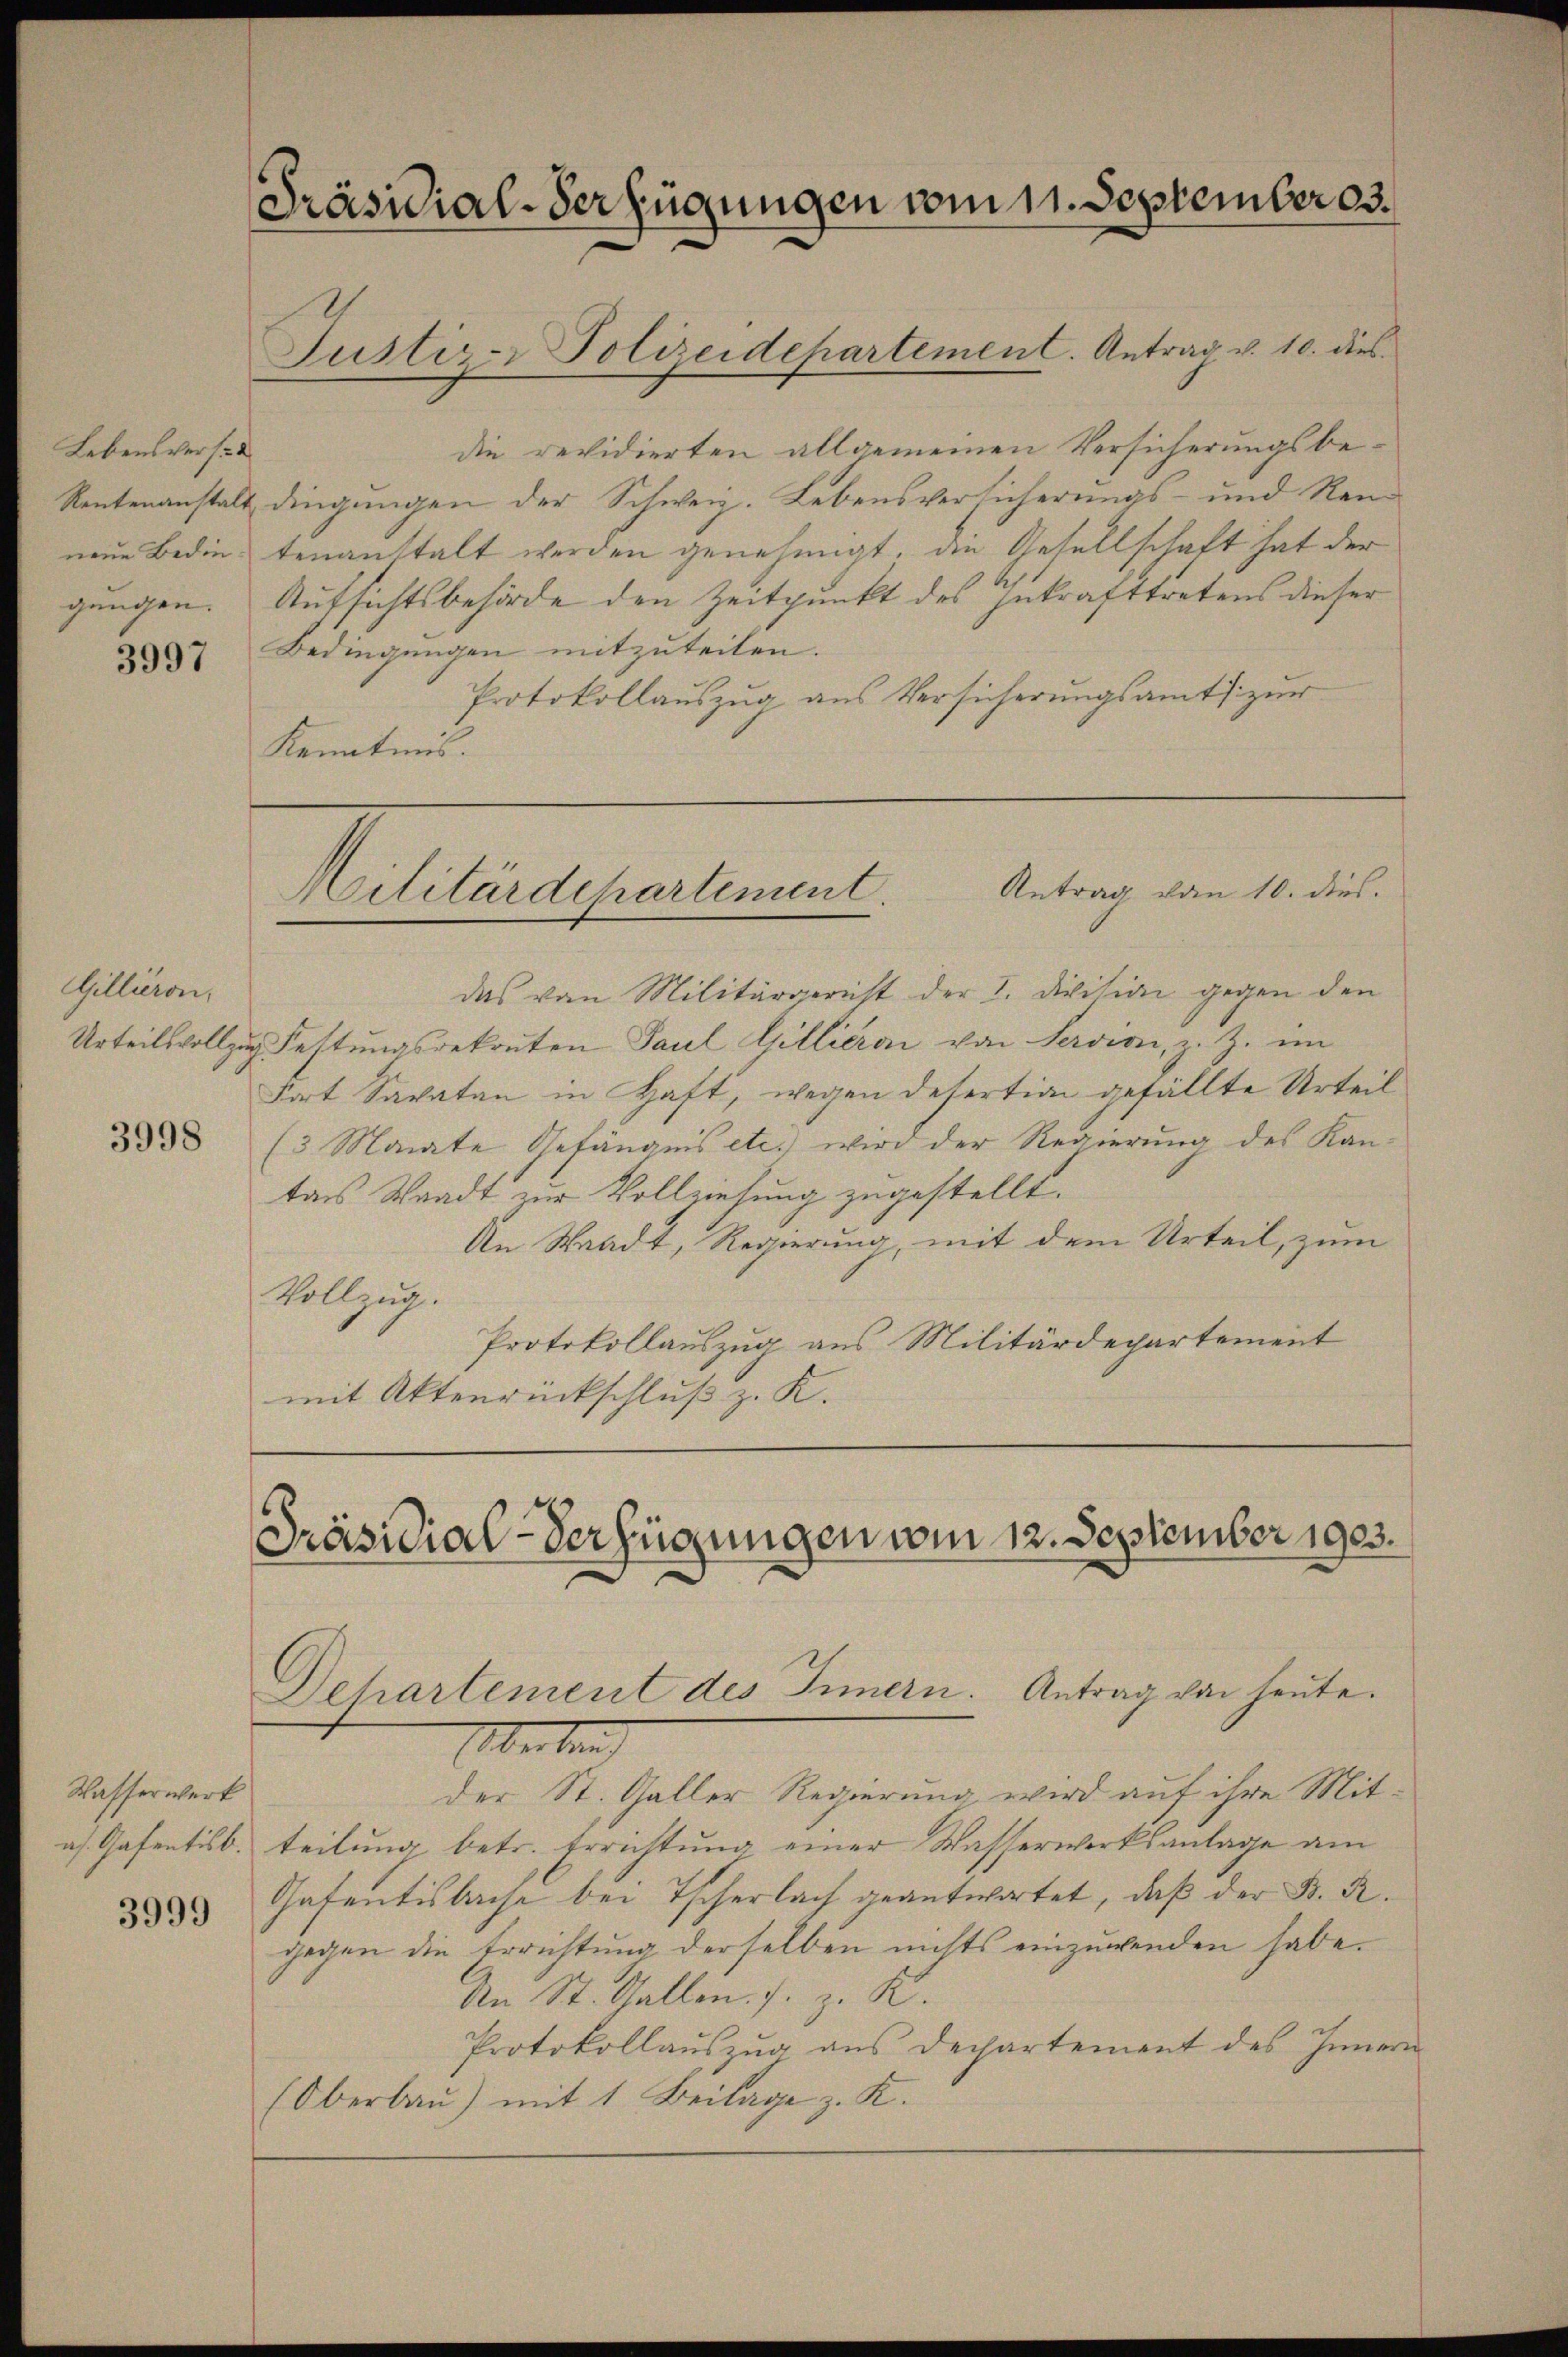
Lebensverse
neue Bedingungen.

3997

Gillieron,

3998

Wasserwerk
as. Gasentisb.

3999

Präsidial-Verfügungen vom 11. September 3.
Justiz-Polizeidepartement. Antrag v. 10. dies

die revidierten allgemeinen Versicherungsbe¬
Rentenanstalt dingungen der Schweiz. Lebensversicherungs- und Rantenanstalt werden genehmigt, die Gesellschaft hat der
Aufsichtsbehörde den Zeitpunkt des Inkrafttretens dieser
Bedingungen mitzuteilen.
Protokollauszug aus Versicherungsamts zur
Kenntnis.

Antrag von 10. dies.
Militärdepartement.

das von Militärgericht der I. Division gegen den
Urteilsvollzu Festungsrekruten Paul Gillieren von Servion, z. Z. im
Fort Savatan in Haft, wegen desertion gefällte Urteil
(3 Monate Gefängnis etc.) wird der Regierung des Kan-
tans Waadt zur Vollziehung zugestellt.
An Waadt, Regierung, mit dem Urteil, zum
Vollzug.
Protokollauszug aus Militärdepartement
mit Aktenrückschluß z. K.

Präsidial-Verfügungen vom 12. September 1903.
Dehartement des Innern. Antrag von heute.

Oberbrach
der St. Galler Regierung wird auf ihre Mitteilung betr. Errichtung einer Wasserwerksanlage am
Gasentisbache bei Tscherlach geantwortet, daß der B. R.
gegen die Errichtung derselben nichts einzuwenden habe.
An St. Gallen. J. z. K.
Protokollaŭszŭg ans Dechartement des Innern
(Oberbau) mit 1 Beilage z. K.